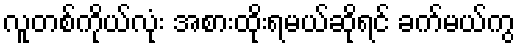
လူတစ်ကိုယ်လုံး အစားထိုးရမယ်ဆိုရင် ခက်မယ်ကွ